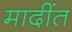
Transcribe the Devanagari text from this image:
मादींत